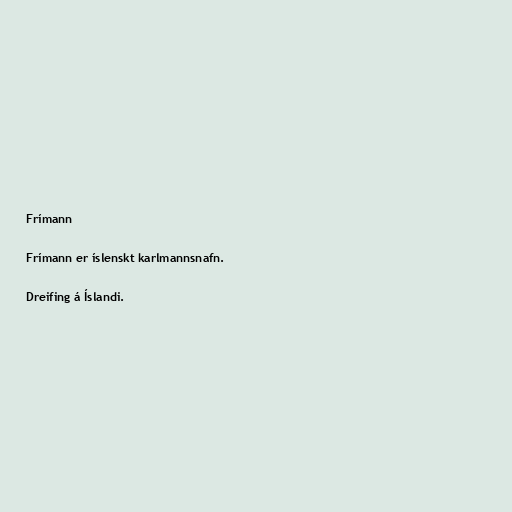
Frímann

Frímann er íslenskt karlmannsnafn.

Dreifing á Íslandi.